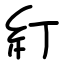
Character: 糽